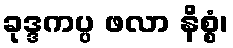
ခုဒ္ဒကပ္ပ ဖလာ နိစ္စံ၊